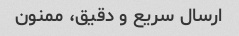
ارسال سریع و دقیق، ممنون